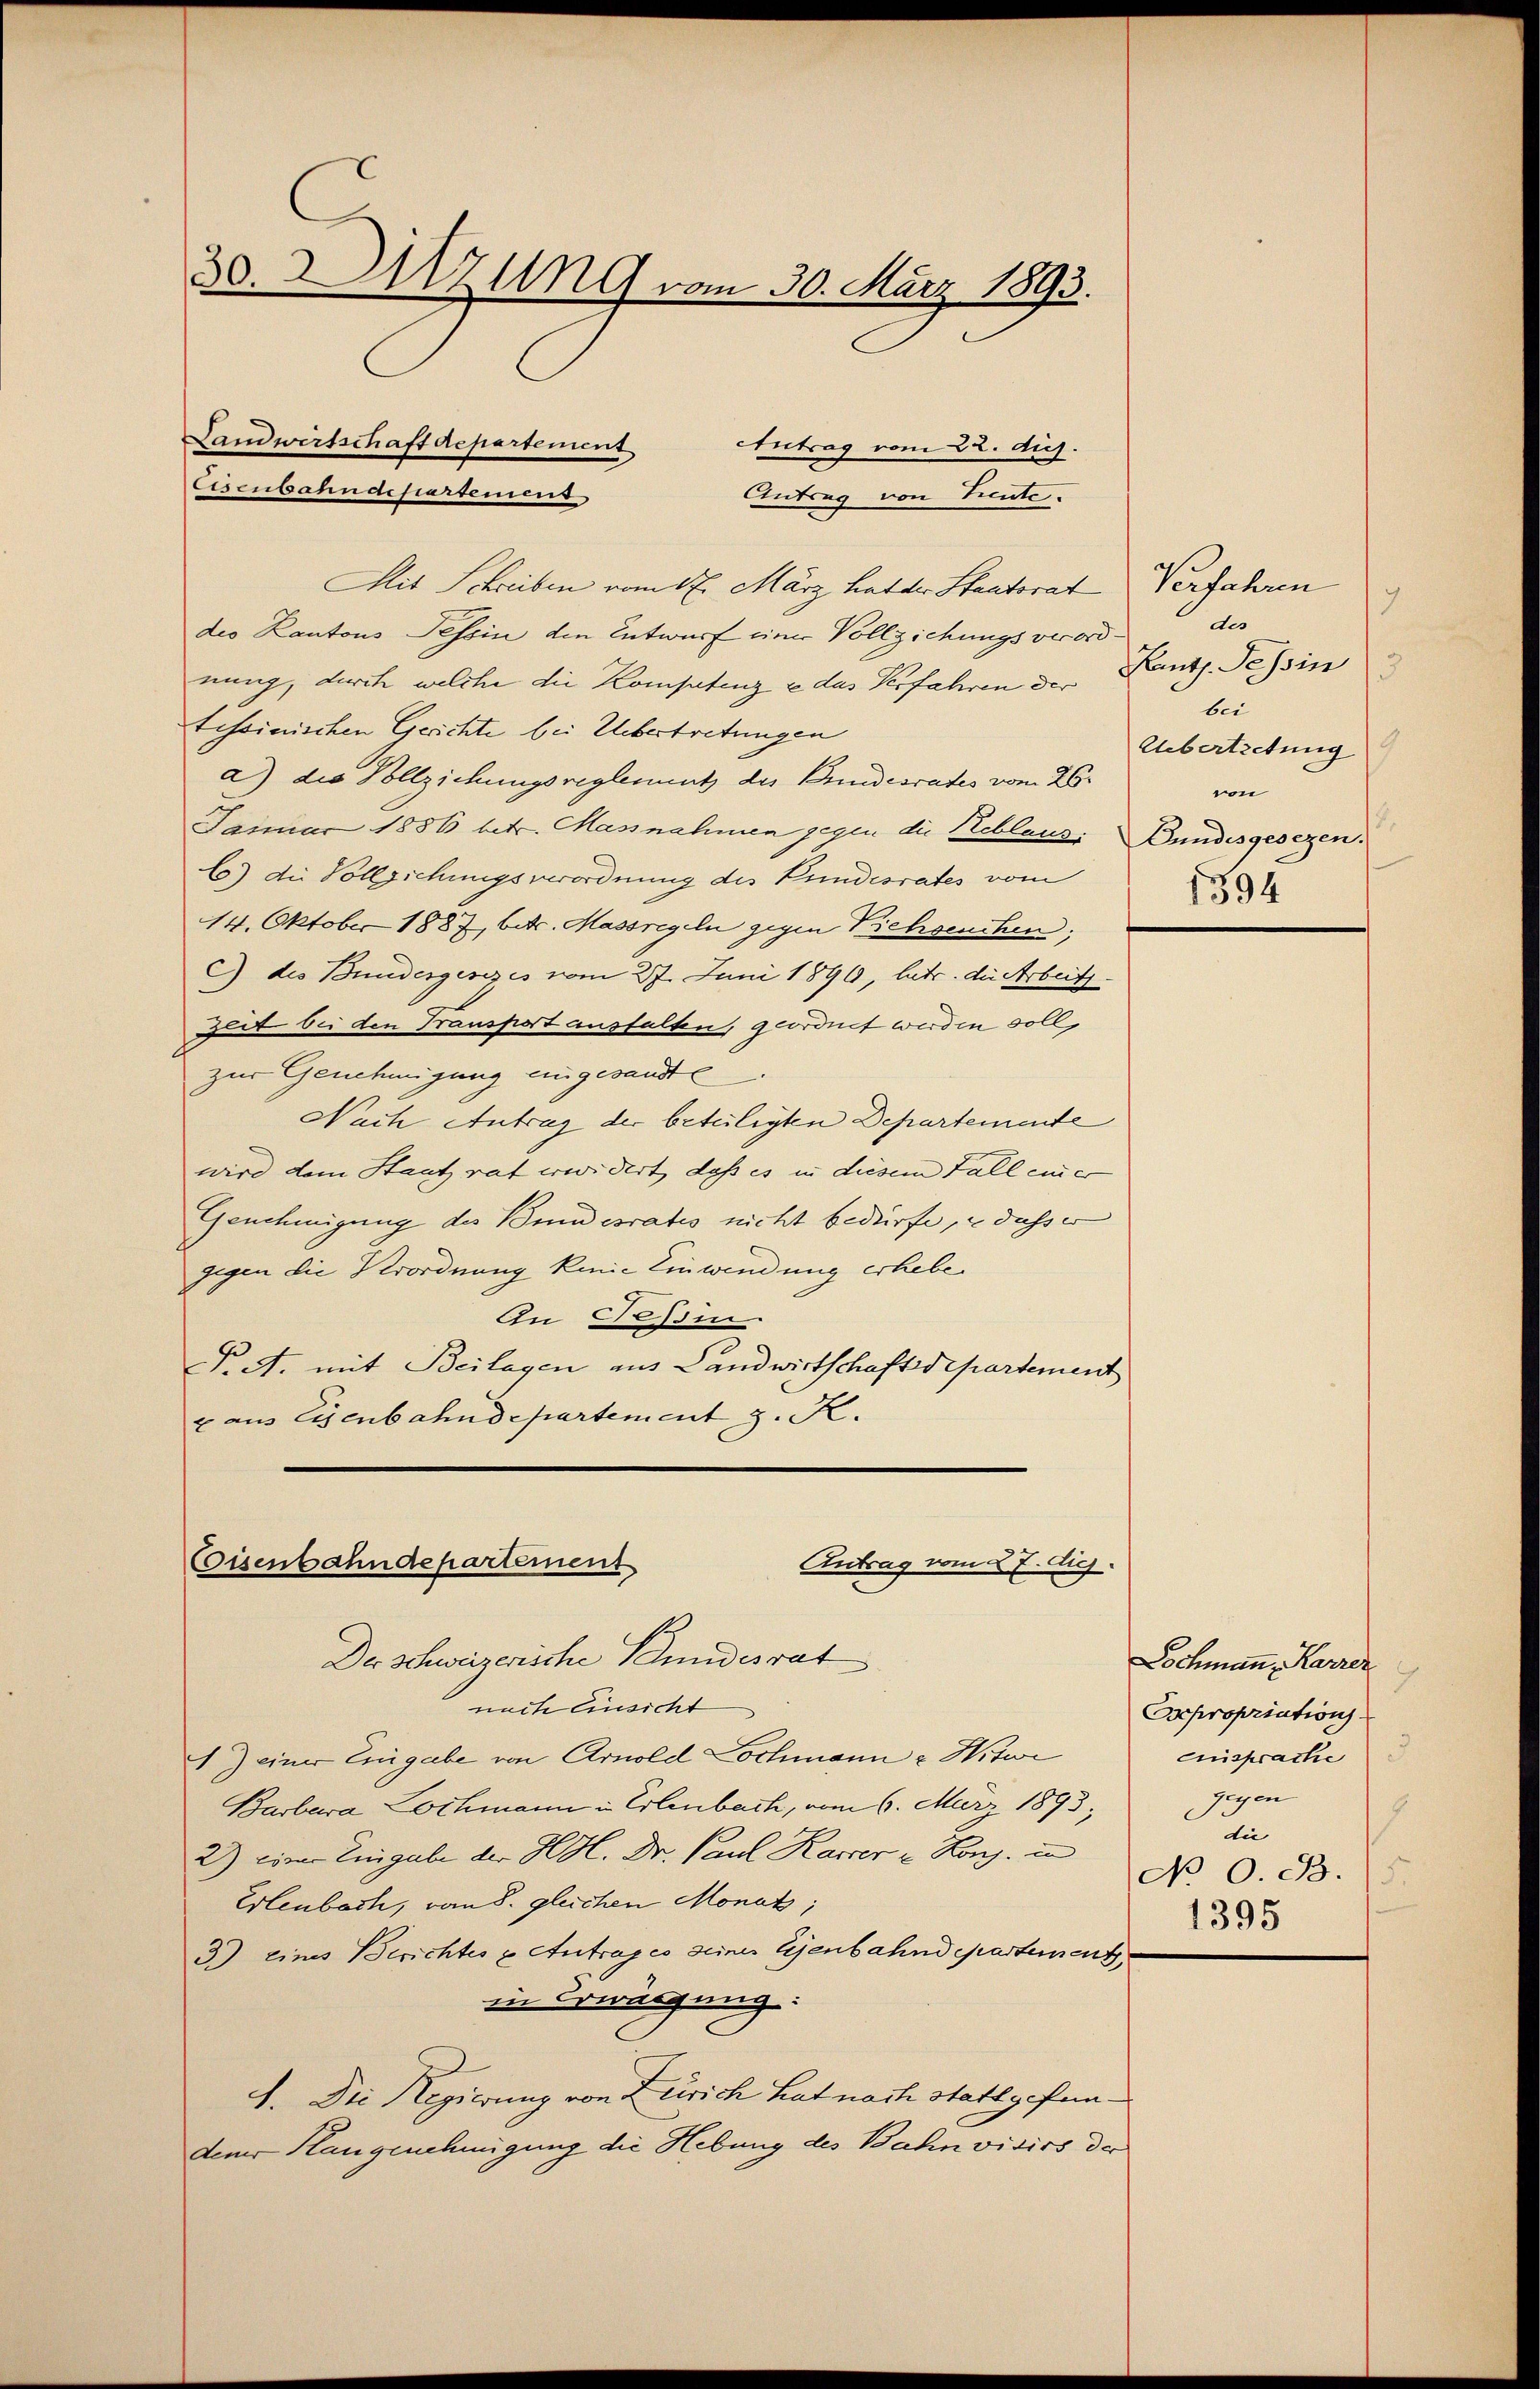
30. Sitzung vom 30. März 1893.

Antrag vom 22. huj.
Antrag von Lieute.
Mit Schreiben vom 1. März hat der Staatsrat Verfahren
des Kantons Tessin den Entwurf einer Vollziehungsverordnung, durch welche die Kompetenz u das Verfahren der Kants. Tessin
tessinischen Gerichte bei Uebertretungen
a) die Vollziehungsreglement des Bundesrates vom 26.
Januar 1886 betr. Massnahmen gegen die Reblaus Bundesgesezen.
C) die Vollziehungsverordnung des Pundesrates vom
14. Oktober 1887, betr. Massregeln gegen Viehseuchen;
C des Bundesgesezes vom 27. Juni 1890, betr. die Arbeit.
Zeit bei den Transport ausfallen, geordnet werden soll.
zur Genehmigung angesandte
Nach Antrag der beteiligten Departemente
wird dem Staat rat erwidert, daß es in diesem Fall einer
Genehmigung des Bundesrates nicht bedürfe, u dass er
gegen die Verordnung keine Einwendung erhebe.
An Tessin.
. A. mit Beilagen aus Landwirtschaftdepartement
x aus Eisenbahndepartement z. R.

Landwirtschaft departement
Cisenbahndepartemens

Cisenbahndepartement
Antrag vom 27. huj.

7.
de
bei
Ubertretung
wi
1394

Der Schweizerische Stundesrat
nach Einsicht
1) einer Eingabe von Arnold Lochmann & Hitwe
Barbara Lochmann in Erlenbach, vom 6. März 1893;
2) einer Eingabe der HH. Dr. Paul Karrer u. Kons. in
Erlenbach, von 8. gleichen Monat;
3) eines Berichtes & Antrages seines Eisenbahndepartement,
in Erwägung:
I. Die Regierung von Zürich hat nach Stattgefundener Hangenehmigung die Hebung des Bahn vidirs der

Lochmann, Karrer
Osepropriation.
Einsprache
gegen
s
die
No O. S. 5
1395